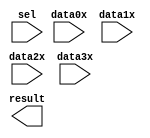
// megafunction wizard: %LPM_MUX%VBB%
// GENERATION: STANDARD
// VERSION: WM1.0
// MODULE: LPM_MUX 

// ============================================================
// Megafunction Name(s):
// 			LPM_MUX
//
// Simulation Library Files(s):
// 			lpm
// ============================================================
// ************************************************************
// THIS IS A WIZARD-GENERATED FILE. DO NOT EDIT THIS FILE!
//
// 16.0.0 Build 211 04/27/2016 SJ Lite Edition
// ************************************************************

//Copyright (C) 1991-2016 Altera Corporation. All rights reserved.
//Your use of Altera Corporation's design tools, logic functions 
//and other software and tools, and its AMPP partner logic 
//functions, and any output files from any of the foregoing 
//(including device programming or simulation files), and any 
//associated documentation or information are expressly subject 
//to the terms and conditions of the Altera Program License 
//Subscription Agreement, the Altera Quartus Prime License Agreement,
//the Altera MegaCore Function License Agreement, or other 
//applicable license agreement, including, without limitation, 
//that your use is for the sole purpose of programming logic 
//devices manufactured by Altera and sold by Altera or its 
//authorized distributors.  Please refer to the applicable 
//agreement for further details.

module SPRITER_mux5 (
	data0x,
	data1x,
	data2x,
	data3x,
	sel,
	result);

	input	[4:0]  data0x;
	input	[4:0]  data1x;
	input	[4:0]  data2x;
	input	[4:0]  data3x;
	input	[1:0]  sel;
	output	[4:0]  result;

endmodule

// ============================================================
// CNX file retrieval info
// ============================================================
// Retrieval info: PRIVATE: INTENDED_DEVICE_FAMILY STRING "Cyclone IV E"
// Retrieval info: PRIVATE: SYNTH_WRAPPER_GEN_POSTFIX STRING "0"
// Retrieval info: PRIVATE: new_diagram STRING "1"
// Retrieval info: LIBRARY: lpm lpm.lpm_components.all
// Retrieval info: CONSTANT: LPM_SIZE NUMERIC "4"
// Retrieval info: CONSTANT: LPM_TYPE STRING "LPM_MUX"
// Retrieval info: CONSTANT: LPM_WIDTH NUMERIC "5"
// Retrieval info: CONSTANT: LPM_WIDTHS NUMERIC "2"
// Retrieval info: USED_PORT: data0x 0 0 5 0 INPUT NODEFVAL "data0x[4..0]"
// Retrieval info: USED_PORT: data1x 0 0 5 0 INPUT NODEFVAL "data1x[4..0]"
// Retrieval info: USED_PORT: data2x 0 0 5 0 INPUT NODEFVAL "data2x[4..0]"
// Retrieval info: USED_PORT: data3x 0 0 5 0 INPUT NODEFVAL "data3x[4..0]"
// Retrieval info: USED_PORT: result 0 0 5 0 OUTPUT NODEFVAL "result[4..0]"
// Retrieval info: USED_PORT: sel 0 0 2 0 INPUT NODEFVAL "sel[1..0]"
// Retrieval info: CONNECT: @data 0 0 5 0 data0x 0 0 5 0
// Retrieval info: CONNECT: @data 0 0 5 5 data1x 0 0 5 0
// Retrieval info: CONNECT: @data 0 0 5 10 data2x 0 0 5 0
// Retrieval info: CONNECT: @data 0 0 5 15 data3x 0 0 5 0
// Retrieval info: CONNECT: @sel 0 0 2 0 sel 0 0 2 0
// Retrieval info: CONNECT: result 0 0 5 0 @result 0 0 5 0
// Retrieval info: GEN_FILE: TYPE_NORMAL SPRITER_mux5.v TRUE
// Retrieval info: GEN_FILE: TYPE_NORMAL SPRITER_mux5.inc FALSE
// Retrieval info: GEN_FILE: TYPE_NORMAL SPRITER_mux5.cmp FALSE
// Retrieval info: GEN_FILE: TYPE_NORMAL SPRITER_mux5.bsf FALSE
// Retrieval info: GEN_FILE: TYPE_NORMAL SPRITER_mux5_inst.v FALSE
// Retrieval info: GEN_FILE: TYPE_NORMAL SPRITER_mux5_bb.v TRUE
// Retrieval info: LIB_FILE: lpm